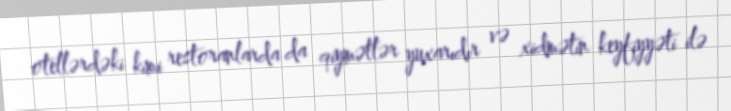
otellərdəki kimi restoranlarda da qiymətlər yuxarıdır və xidmətin keyfiyyəti ilə